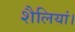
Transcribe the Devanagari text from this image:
शैलियां।